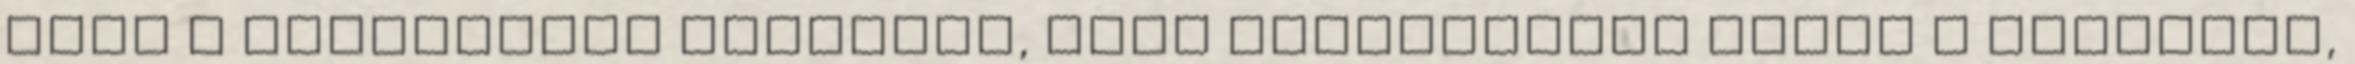
közt a legnagyobb változás, hogy egyirányúvá válik a forgalom,